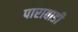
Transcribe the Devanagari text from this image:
पारावाडी